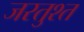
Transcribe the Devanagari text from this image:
जरतुश्त